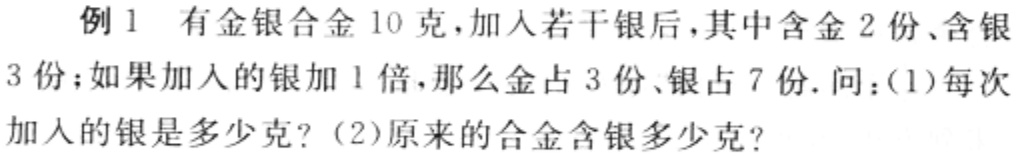
例1 有金银合金10克，加入若干银后，其中含金2份、含银3份；如果加入的银加1倍，那么金占3份、银占7份. 问：(1)每次加入的银是多少克？(2)原来的合金含银多少克？